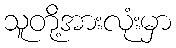
သူတို့အားလုံးမှာ